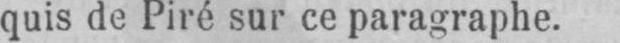
quis de Piré sur ce paragraphe.